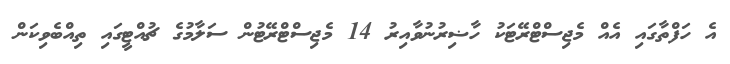
އެ ހަފްތާގައި އެއް މެޖިސްޓްރޭޓަކު ހާޟިރުނުވާއިރު 14 މެޖިސްޓްރޭޓުން ސަލާމުގެ ޗުއްޓީގައި ތިއްބެވިކަން